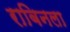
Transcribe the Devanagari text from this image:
राबिनला